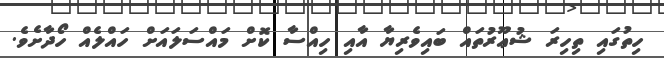
ހިތުގައި ތިހިރަ ޝުޢޫރުތައް ބައިވެރިޔާ އާއި ހިއްސާ ކޮށް މައްސަލައަށް ހައްލެއް ހޯދާށެވެ.